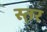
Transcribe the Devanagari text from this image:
स्त़र